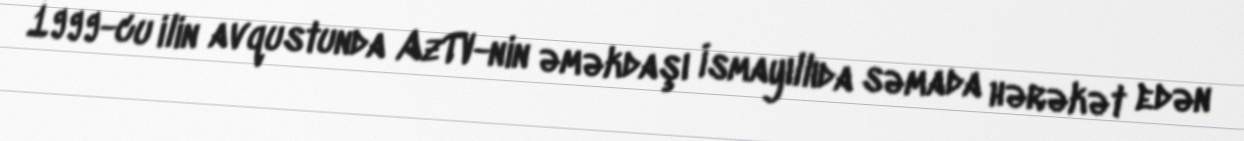
1999-cu ilin avqustunda AzTV-nin əməkdaşı İsmayıllıda səmada hərəkət edən